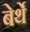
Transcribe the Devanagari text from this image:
बेर्थे